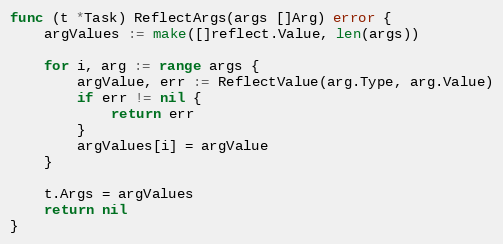
Language: Go
func (t *Task) ReflectArgs(args []Arg) error {
	argValues := make([]reflect.Value, len(args))

	for i, arg := range args {
		argValue, err := ReflectValue(arg.Type, arg.Value)
		if err != nil {
			return err
		}
		argValues[i] = argValue
	}

	t.Args = argValues
	return nil
}